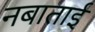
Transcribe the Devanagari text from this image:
नबाताई